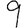
Digit: 9